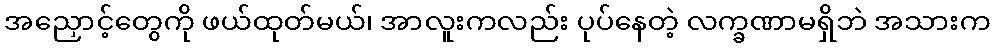
အညှောင့်တွေကို ဖယ်ထုတ်မယ်၊ အာလူးကလည်း ပုပ်နေတဲ့ လက္ခဏာမရှိဘဲ အသားက